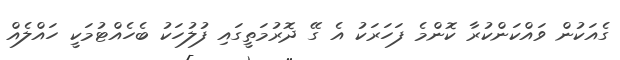
ގެއަކުން ވައްކަންކުރާ ކޮންމެ ފަހަރަކު އެ ގޭ ދޮރުމަތީގައި ފުލުހަކު ބެހެއްޓުމަކީ ހައްލެއް